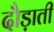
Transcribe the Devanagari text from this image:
दौड़ाती